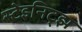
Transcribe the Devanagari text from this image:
स्टेइनिट्झ